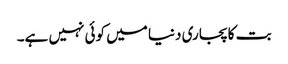
بت کا پجاری دنیا میں کوئی نہیں ہے۔